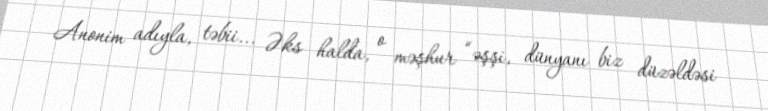
Anonim adıyla, təbii... Əks halda, o məşhur “əşşi, dünyanı biz düzəldəsi